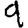
Digit: 9